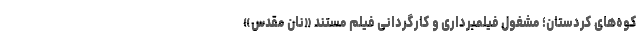
کوه‌های کردستان؛ مشغول فیلمبرداری و کارگردانی فیلم مستند «نان مقدس»